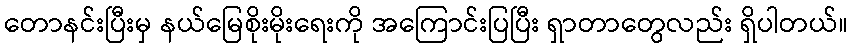
တောနင်းပြီးမှ နယ်မြေစိုးမိုးရေးကို အကြောင်းပြပြီး ရှာတာတွေလည်း ရှိပါတယ်။